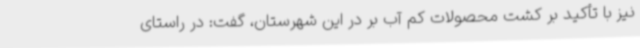
نیز با تأکید بر کشت محصولات کم آب بر در این شهرستان، گفت: در راستای